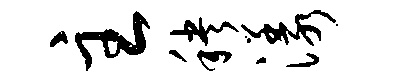
主秧漾